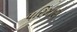
પરિમાણ